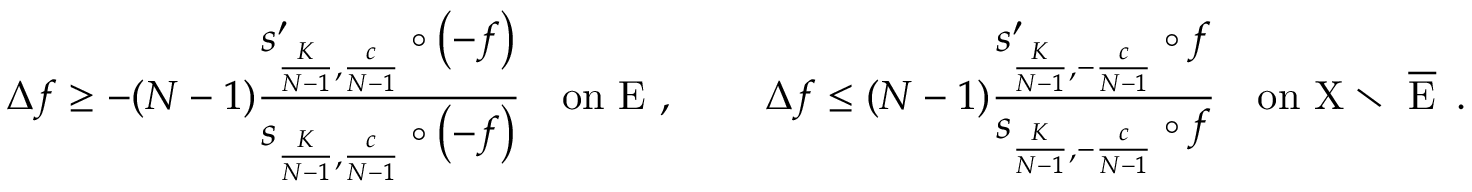
\boldsymbol { \Delta } f \ge - ( N - 1 ) \frac { s _ { \frac { K } { N - 1 } , \frac { c } { N - 1 } } ^ { \prime } \circ \left( - f \right) } { s _ { \frac { K } { N - 1 } , \frac { c } { N - 1 } } \circ \left( - f \right) } \quad \mathrm { o n ~ E ~ , ~ } \qquad \boldsymbol { \Delta } f \le ( N - 1 ) \frac { s _ { \frac { K } { N - 1 } , - \frac { c } { N - 1 } } ^ { \prime } \circ f } { s _ { \frac { K } { N - 1 } , - \frac { c } { N - 1 } } \circ f } \quad \mathrm { o n ~ X \setminus ~ \overline { { E } } ~ } \, .